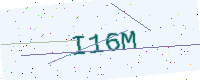
Text: I16M